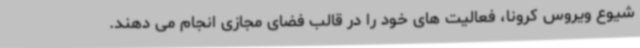
شیوع ویروس کرونا، فعالیت های خود را در قالب فضای مجازی انجام می دهند.